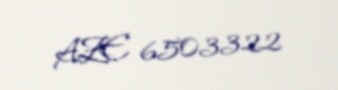
AZE 6503322